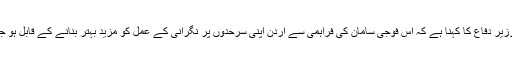
جرمن وزیر دفاع کا کہنا ہے کہ اس فوجی سامان کی فراہمی سے اردن اپنی سرحدوں پر نگرانی کے عمل کو مزید بہتر بنانے کے قابل ہو جائے گا۔